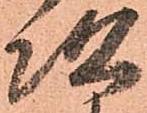
次